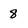
Character: 8